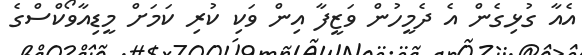
އެއާ ގުޅިގެން އެ ދެމީހުން ވަޒީފާ އިން ވަކި ކުރި ކަމަށް މީޑިއާވޯކްސްގެ